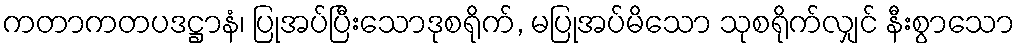
ကတာကတပဒဋ္ဌာနံ၊ ပြုအပ်ပြီးသောဒုစရိုက်, မပြုအပ်မိသော သုစရိုက်လျှင် နီးစွာသော